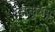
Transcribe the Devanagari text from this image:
डाकूरास